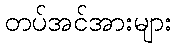
တပ်အင်အားများ